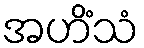
အဟိံသံ